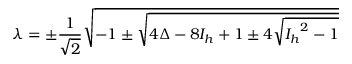
\lambda = \pm \frac { 1 } { \sqrt { 2 } } \sqrt { - 1 \pm \sqrt { 4 \Delta - 8 { I _ { h } } + 1 \pm 4 \sqrt { { { { I _ { h } } } ^ { 2 } } - 1 } } }